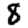
Digit: 8